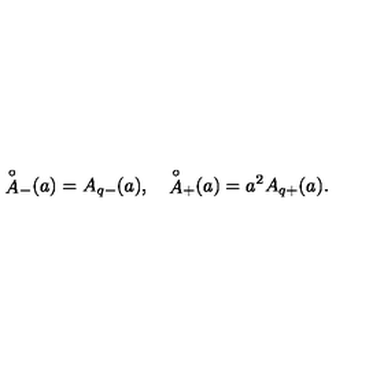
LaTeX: { \mathop { A } ^ { \circ } } _ { - } ( a ) = A _ { q - } ( a ) , \quad { \mathop { A } ^ { \circ } } _ { + } ( a ) = a ^ { 2 } A _ { q + } ( a ) .